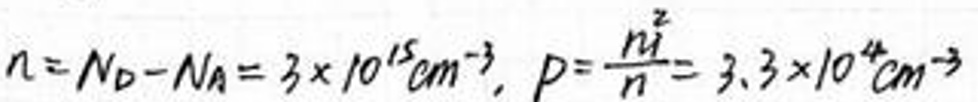
\[
n = N_D - N_A = 3 \times 10^{15} \text{cm}^{-3}, \quad p = \frac{n_i^2}{n} = 3.3 \times 10^4 \text{cm}^{-3}
\]